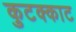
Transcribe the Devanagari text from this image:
कुटक्काट